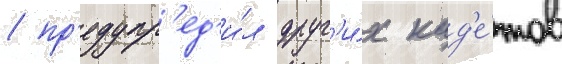
/ пр'едупр'ед'и́л друг'и́х кад'е́тов